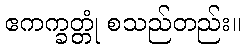
ဧကက္ခတ္တုံ စသည်တည်း။